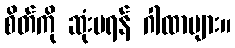
စိတ်ကို ဆုံးမရန် ဂါထာများ။